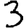
Digit: 3